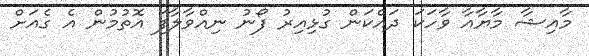
މާއިޝާ މާޔާއާ ވާހަކަ ދައްކަން ގުޅިއިރު ފޯނު ނިއްވާލާފަ އޮތުމުން އެ ގެއަށް